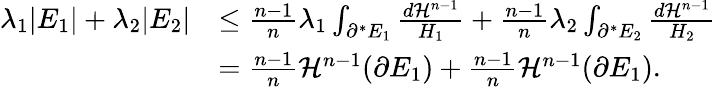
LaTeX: \begin{array}{rl}{\lambda_{1}|E_{1}|+\lambda_{2}|E_{2}|}&{\le\frac{n-1}{n}\lambda_{1}\int_{\partial^{*}E_{1}}\frac{d\mathcal{H}^{n-1}}{H_{1}}+\frac{n-1}{n}\lambda_{2}\int_{\partial^{*}E_{2}}\frac{d\mathcal{H}^{n-1}}{H_{2}}}\\ &{=\frac{n-1}{n}\mathcal{H}^{n-1}(\partial E_{1})+\frac{n-1}{n}\mathcal{H}^{n-1}(\partial E_{1}).}\end{array}